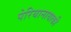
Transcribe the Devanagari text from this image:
पेरियानायाकी